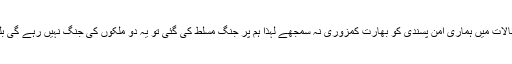
راقم الحروف نے بھارت کو خبردارکیا کہ موجودہ حالات میں ہماری امن پسندی کو بھارت کمزوری نہ سمجھے لہٰذا ہم پر جنگ مسلط کی گئی تو یہ دو ملکوں کی جنگ نہیں رہے گی بلکہ خطہ اور دنیا اس کے اثرات محسوس کرے گی۔